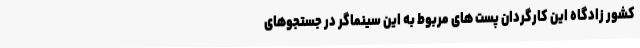
کشور زادگاه این کارگردان پست های مربوط به این سینماگر در جستجوهای